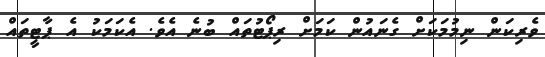
ވެރިކަން ނިމުމަކަށް ގެނައުން ކަމަށް ރިޕޯޓުތައް ބުނެ އެވެ. އެކަމަކު އެ ޕާޓީތައް